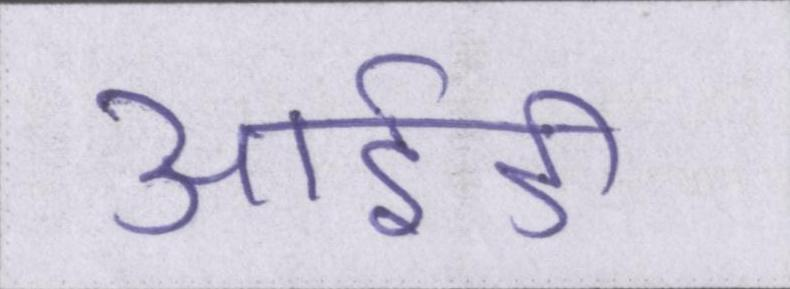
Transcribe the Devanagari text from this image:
आईडी